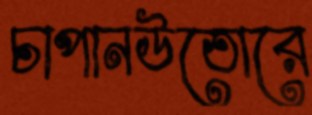
চাপানউতোরে